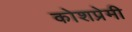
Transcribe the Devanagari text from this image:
कोशप्रेमी